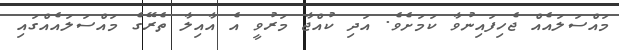
މައްސަލައެއްް ޖެހިފައިނުވާ ކަމަށެވެ. އަދި ކުއްޖާ މަރުވީ އެ އާއިލާ ތެރޭގެ މައްސަލައެއްގައި